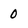
Character: 0